Annual report of the Civil Veterinary Department, Bengal, for the year 1895-96 - 1895-1896
Year: 1895
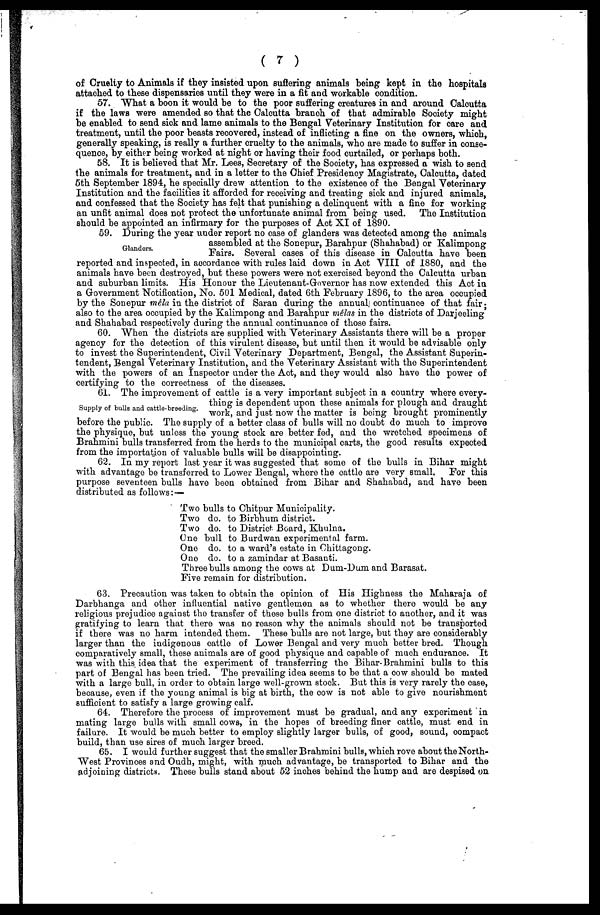
(7)
of Cruelty to Animals if they insisted upon suffering animals being kept in the hospitals
attached to these dispensaries until they were in a fit and workable condition.
57. What a boon it would be to the poor suffering creatures in and around Calcutta
if the laws were amended so that the Calcutta branch of that admirable Society might
be enabled to send sick and lame animals to the Bengal Veterinary Institution for care and
treatment, until the poor beasts recovered, instead of inflicting a fine on the owners, which,
generally speaking, is really a further cruelty to the animals, who are made to suffer in conse-
quence, by either being worked at night or having their food curtailed, or perhaps both.
58. It is believed
that Mr. Lees, Secretary of the Society, has expressed a wish to send
the animals for treatment, and in a letter to the Chief Presidency Magistrate, Calcutta, dated
5th September 1894, he specially drew attention to the existence of the Bengal Veterinary
Institution and the facilities it afforded for receiving and treating sick and injured animals,
and confessed that the Society has felt that punishing a delinquent with a fine for working
an unfit animal does not protect the unfortunate animal from being used. The Institution
should be appointed an infirmary for the purposes of Act XI of 1890.
Glanders.
59. During the year under report no case of glanders was detected among the animals
assembled at the Sonepur, Barahpur (Shahabad) or Kalimpong
Fairs. Several cases of this disease in Calcutta have been
reported and inspected, in accordance with rules laid down in Act VIII of 1880, and the
animals have been destroyed, but these powers were not exercised beyond the Calcutta urban
and suburban limits. His Honour the Lieutenant-Governor has now extended this Act in
a Government Notification, No. 501 Medical, dated 6th February 1896, to the area occupied
by the Sonepur mela in the district of Saran during the annual continuance of that fair ;
also to the area occupied by the Kalimpong and Barahpur mêlas in the districts of Darjeeling
and Shahabad respectively during the annual continuance of those fairs.
60. When the districts are supplied with Veterinary Assistants there will be a proper
agency for the detection of this virulent disease, but until then it would be advisable only
to invest the Superintendent, Civil Veterinary Department, Bengal, the Assistant Superin-
tendent, Bengal Veterinary Institution, and the Veterinary Assistant with the Superintendent
with the powers of an Inspector under the Act, and they would also have the power of
certifying to the correctness of the diseases.
Supply of bulls and cattle-breeding.
61. The improvement of cattle is a very important subject in a country where every-
thing is dependent upon these animals for plough and draught
work, and just now the matter is being brought prominently
before the public. The supply of a better class of bulls will no doubt do much to improve
the physique, but unless the young stock are better fed, and the wretched specimens of
Brahmini bulls transferred from the herds to the municipal carts, the good results expected
from the importation of valuable bulls will be disappointing.
62. In my report last year it was suggested that some of the bulls in Bihar might
with advantage be transferred to Lower Bengal, where the cattle are very small. For this
purpose seventeen bulls have been obtained from Bihar and Shahabad, and have been
distributed as follows:-—
Two bulls to Chitpur Municipality.
Two do. to Birbhum district.
Two do. to District Board, Khulna.
One bull to Burdwan experimental farm.
One do. to a ward's estate in Chittagong.
One do. to a zamindar at Basanti.
Three bulls among the cows at Dum-Dum and Barasat.
Five remain for distribution.
63. Precaution was taken to obtain the opinion of His Highness the Maharaja of
Darbhanga and other influential native gentlemen as to whether there would be any
religious prejudice against the transfer of these bulls from one district to another, and it was
gratifying to learn that there was no reason why the animals should not be transported
if there was no harm intended them. These bulls are not large, but they are considerably
larger than the indigenous cattle of Lower Bengal and very much better bred. Though
comparatively small, these animals are of good physique and capable of much endurance. It
was with this idea that the experiment of transferring the Bihar-Brahmini bulls to this
part of Bengal has been tried. The prevailing idea seems to be that a cow should be mated
with a large bull, in order to obtain large well-grown stock. But this is very rarely the case,
because, even if the young animal is big at birth, the cow is not able to give nourishment
sufficient to satisfy a large growing calf.
64. Therefore the process of improvement must be gradual, and any experiment in
mating large bulls with small cows, in the hopes of breeding finer cattle, must end in
failure. It would be much better to employ slightly larger bulls, of good, sound, compact
build, than use sires of much larger breed.
65. I would further suggest that the smaller Brahmini bulls, which rove about theNorth-
West Provinces and Oudh, might, with much advantage, be transported to Bihar and the
adjoining districts. These bulls stand about 52 inches behind the hump and are despised on